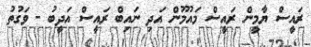
ރައީސް ޔާމީން ރައީސް މައުމޫން އަދި ނައިބް ރައީސް އަދީބު - ވަގުތު